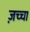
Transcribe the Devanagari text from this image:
ज़च्चा